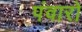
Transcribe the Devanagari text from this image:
पंवारो